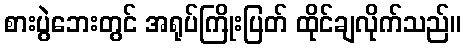
စားပွဲဘေးတွင် အရုပ်ကြိုးပြတ် ထိုင်ချလိုက်သည်။